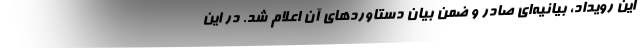
این رویداد، بیانیه‌ای صادر و ضمن بیان دستاوردهای آن اعلام شد. در این